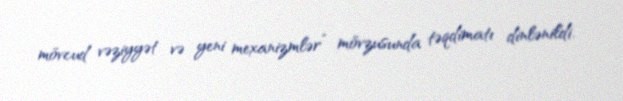
mövcud vəziyyət və yeni mexanizmlər” mövzusunda təqdimatı dinlənildi.